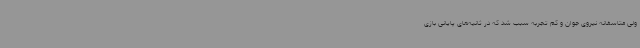
ولی متاسفانه نیروی جوان و کم تجربه سبب شد که در ثانیه‌های پایانی بازی